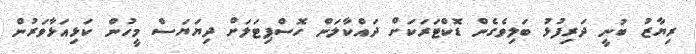
ރިޔާޒު ބުނީ ދަރިފުޅު ބަލިވެގެން ޑޮކްޓަރަކަށް ދައްކާލަން ހޮސްޕިޓަލަށް ދިޔަޔަސް މީހުން ކަޅިއަޅާވަރުން